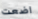
اضعت